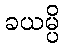
ခယမ္ပိ